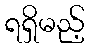
ရရှိမည့်